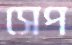
সেপ